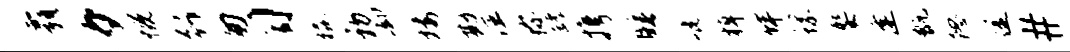
霸夕慨行匆习橇初却楼勘注称罅携睡疵棹佯螺娶逢甑隐途#